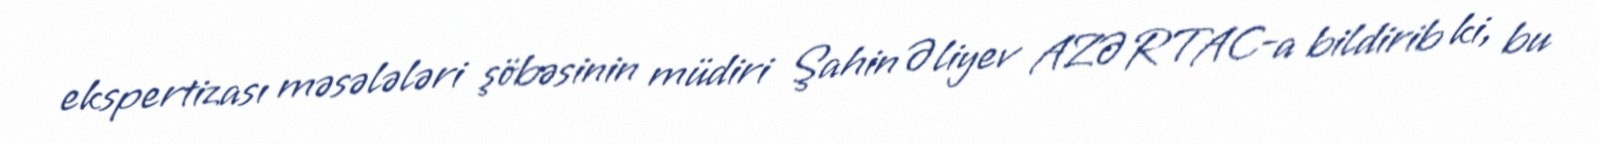
ekspertizası məsələləri şöbəsinin müdiri Şahin Əliyev AZƏRTAC-a bildirib ki, bu